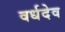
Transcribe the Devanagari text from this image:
वर्धदेव